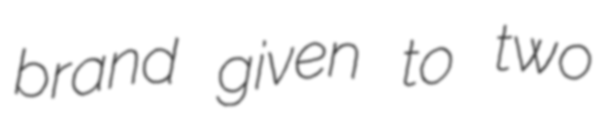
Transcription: brand given to two